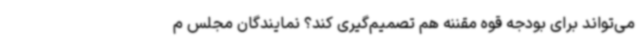
می‌تواند برای بودجه قوه مقننه هم تصمیم‌گیری کند؟ نمایندگان مجلس م